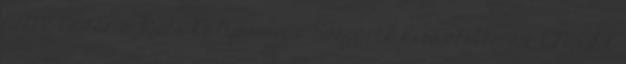
hétre bezár a Déli Pályaudvar Szijjártó kiosztotta az ENSZ-t